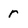
Character: r